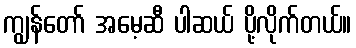
ကျွန်တော် အမေ့ဆီ ပါဆယ် ပို့လိုက်တယ်။